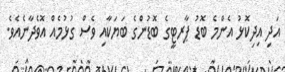
އަދި އިދިކޮޅު އެންމެ ބޮޑު ޕާރޓީގެ ބޮޑުންގެ ބަޔަކާއި ވެސް ގުޅުމެއް އޮވެދާނެއެވެ.